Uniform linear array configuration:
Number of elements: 48
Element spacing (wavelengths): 0.5
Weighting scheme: uniform
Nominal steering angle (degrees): -60
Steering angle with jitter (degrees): -58.904
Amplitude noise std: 0.05
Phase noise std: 0.05

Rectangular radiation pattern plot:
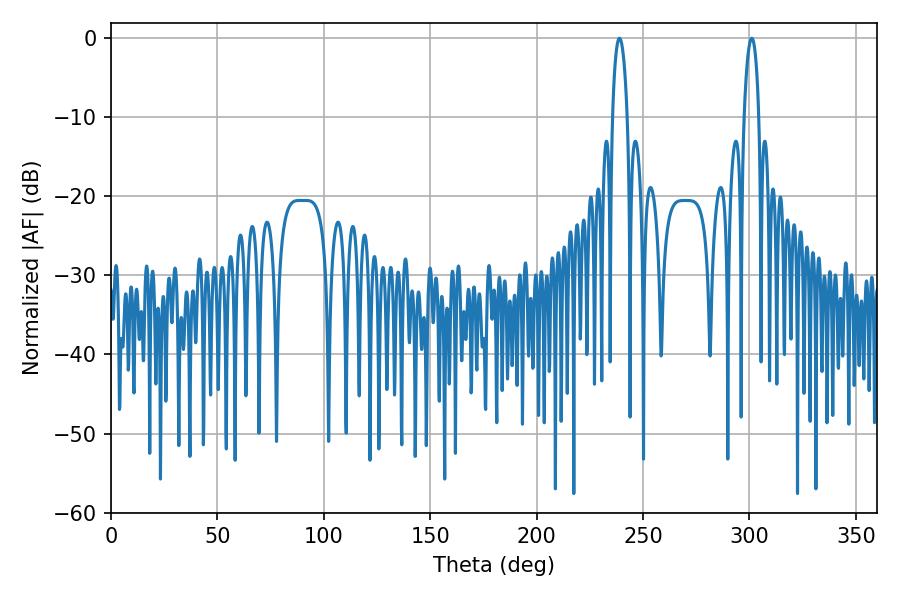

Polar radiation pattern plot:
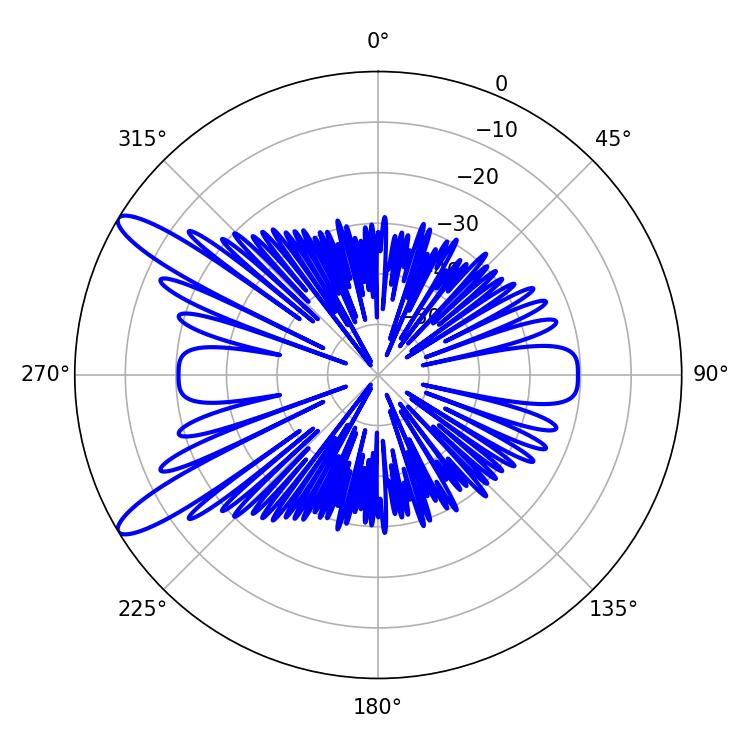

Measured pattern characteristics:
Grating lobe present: FALSE
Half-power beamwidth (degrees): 3.96
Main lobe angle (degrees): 301.14